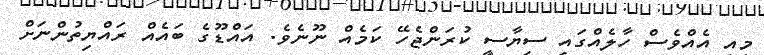
މިއީ އެއްވެސް ހާލެއްގައި ސިޔާސީ ކުރަންޖެހޭ ކަމެއް ނޫނެވެ. އައްޑޫގެ ބައެއް ރައްޔިތުންނަށް